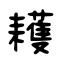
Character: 耯